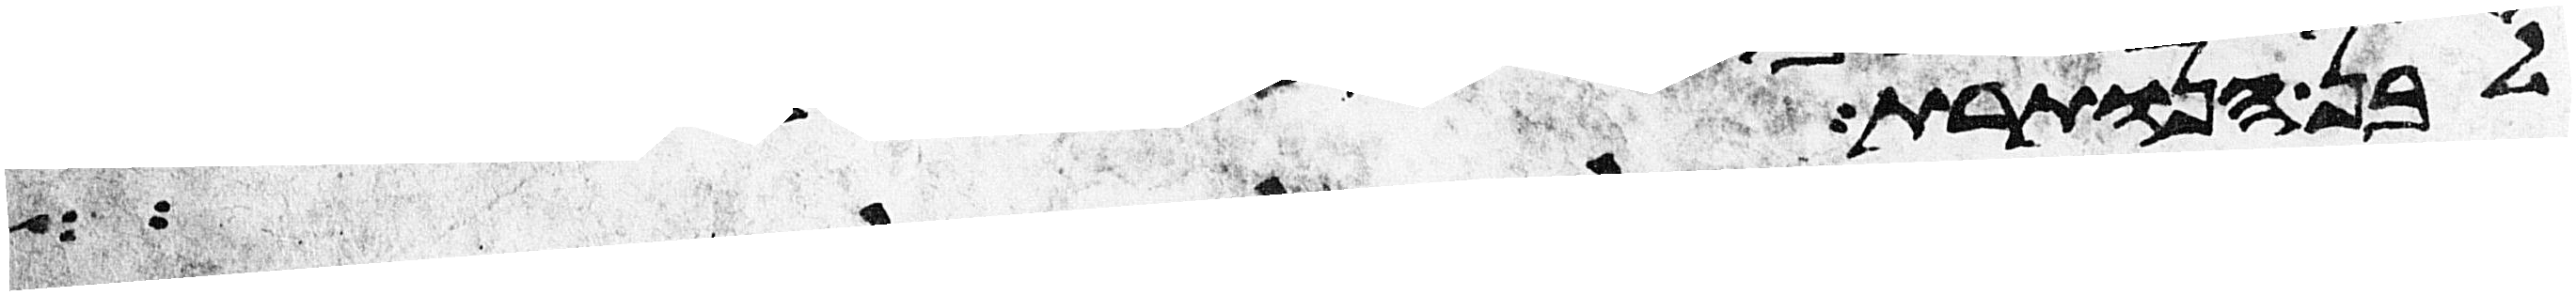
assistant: לבן הנותרת ויאמר מלאך